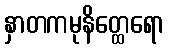
နှာတကမုနိတ္ထေရော